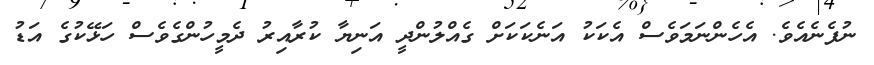
ނުފެނެއެވެ. އެހެންނަމަވެސް އެކަކު އަނެކަކަށް ގެއްލުންދީ އަނިޔާ ކުރާއިރު ދެމީހުންގެވެސް ހަޅޭކުގެ އަޑު